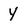
Character: y